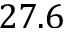
2 7 . 6